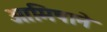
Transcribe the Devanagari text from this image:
आमिषाने